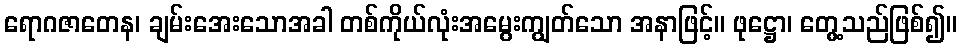
ရောဂဇာတေန၊ ချမ်းအေးသောအခါ တစ်ကိုယ်လုံးအမွေးကျွတ်သော အနာဖြင့်။ ဖုဋ္ဌော၊ တွေ့သည်ဖြစ်၍။